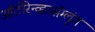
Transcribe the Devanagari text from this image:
ऑटोरेन्व्हरसॅम्लुंग